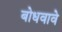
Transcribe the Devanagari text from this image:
बोधवावे